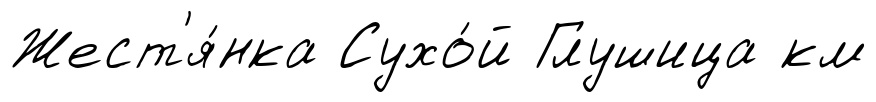
Жест'я́нка Сухо́й Глушица км